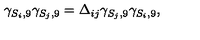
\gamma _ { S _ { i } , 9 } \gamma _ { S _ { j } , 9 } = \Delta _ { i j } \gamma _ { S _ { j } , 9 } \gamma _ { S _ { i } , 9 } ,